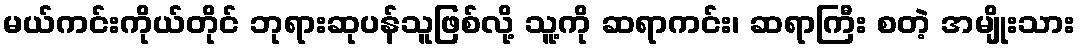
မယ်ကင်းကိုယ်တိုင် ဘုရားဆုပန်သူဖြစ်လို့ သူ့ကို ဆရာကင်း၊ ဆရာကြီး စတဲ့ အမျိုးသား